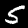
Digit: 5